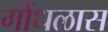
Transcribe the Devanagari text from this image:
गोंधळास